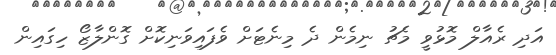
އަދި ރެއާލް މޮޅުވީ މެޗު ނިމެން ދެ މިނެޓަށް ވެފައިވަނިކޮށް ގޮންލާޒޯ ހިގައިން